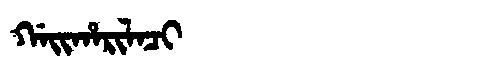
Manchu: ᡤᠠᡳᡥᠠᡵᡳᠯᠠᠴᡳ
Romanization: GAIHARILACI